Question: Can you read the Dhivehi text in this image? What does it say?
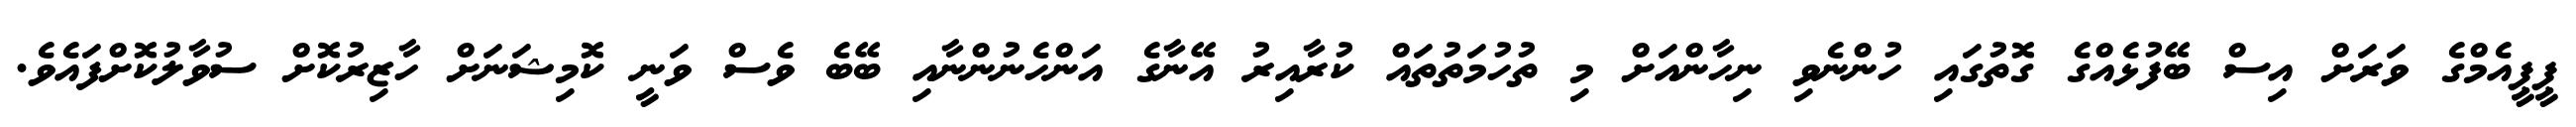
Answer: ޕީޕީއެމްގެ ވަރަށް އިސް ބޭފުޅެއްގެ ގޮތުގައި ހުންނެވި ނިހާންއަށް މި ތުހުމަތުތައް ކުރާއިރު އޭނާގެ އަންހެނުންނާއި ބޭބެ ވެސް ވަނީ ކޮމިޝަނަށް ހާޒިރުކޮށް ސުވާލުކޮށްފައެވެ.